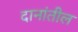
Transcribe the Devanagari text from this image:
दानांतील